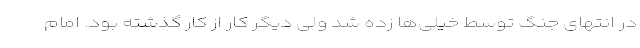
در انتهای جنگ توسط خیلی‌ها زده شد ولی دیگر کار از کار گذشته بود. امام